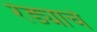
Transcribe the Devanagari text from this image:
रेड्याचे